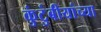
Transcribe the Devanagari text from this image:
कुंटुंबीयांच्या